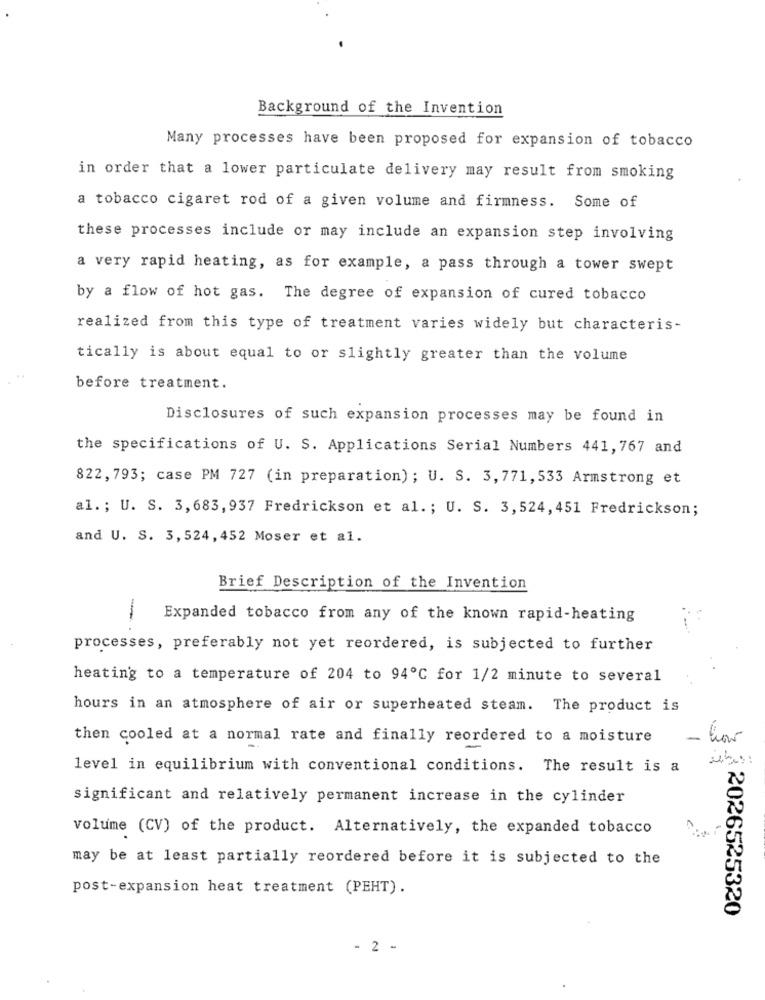
Background of the Invention
Many processes have been proposed for expansion of tobacco
in order that a lower particulate delivery may result from smoking
a tobacco cigaret rod of a given volume and firmness. Some of
these processes include or may include an expansion step involving
a very rapid heating, as for example, a pass through a tower swept
by a flow of hot gas. The degree of expansion of cured tobacco
realized from this type of treatment varies widely but characteris-
tically is about equal to or slightly greater than the volume
before treatment.
Disclosures of such expansion processes may be found in
the specifications of U. S. Applications Serial Numbers 441, 767 and
822, 793; case PM 727 (in preparation); U. S. 3,771,533 Armstrong et
al .; U. S. 3,683,937 Fredrickson et al .; U. S. 3,524,451 Fredrickson;
and U. S. 3,524, 452 Moser et al.
Brief Description of the Invention
-
Expanded tobacco from any of the known rapid-heating
processes, preferably not yet reordered, is subjected to further
heating to a temperature of 204 to 94℃ for 1/2 minute to several
hours in an atmosphere of air or superheated steam. The product is
then cooled at a normal rate and finally reordered to a moisture
level in equilibrium with conventional conditions. The result is a
significant and relatively permanent increase in the cylinder
volume (CV) of the product. Alternatively, the expanded tobacco
may be at least partially reordered before it is subjected to the
post-expansion heat treatment (PEHT).
2026525320
- 2 -